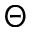
\Theta